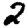
Digit: 2